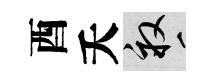
酉夭畝